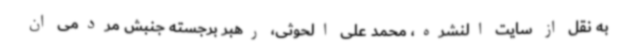
به نقل از سایت النشره، محمد علی الحوثی، رهبر برجسته جنبش مردمی ان